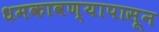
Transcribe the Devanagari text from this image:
धमकावण्यापासून